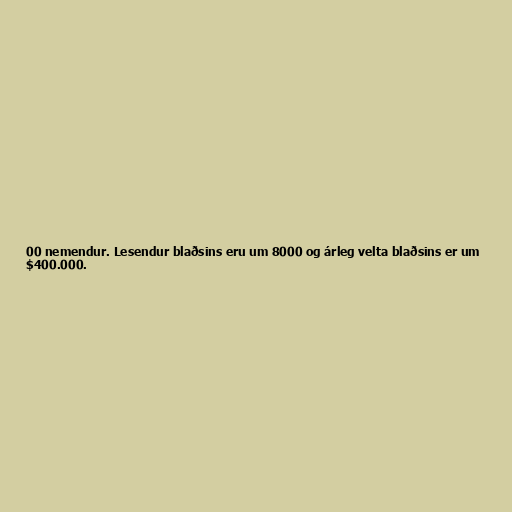
00 nemendur. Lesendur blaðsins eru um 8000 og árleg velta blaðsins er um
$400.000.